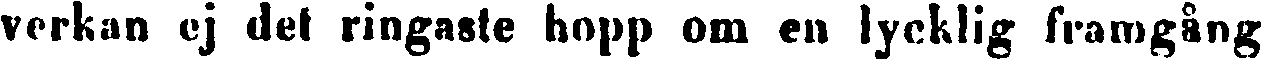
verkan ej del ringaste hopp om en lycklig framgång